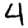
Digit: 4